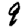
Digit: 9